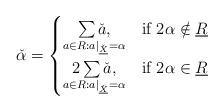
LaTeX: \begin{align*}\check{\alpha}=\begin{cases}\underset{a\in R:a|_{\check{\underline{X}}}=\alpha}{\sum\check{a},} & \mbox{if }2\alpha\notin\underline{R}\\\underset{a\in R:a|_{\check{\underline{X}}}=\alpha}{2\sum\check{a},} & \mbox{if }2\alpha\in\underline{R}\end{cases}\end{align*}